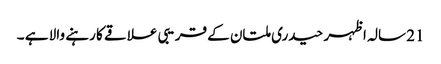
21 سالہ اظہر حیدری ملتان کے قریبی علاقے کا رہنے والا ہے ۔